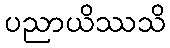
ပညာယိဿသိ